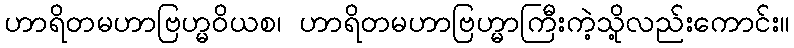
ဟာရိတမဟာဗြဟ္မဝိယစ၊ ဟာရိတမဟာဗြဟ္မာကြီးကဲ့သို့လည်းကောင်း။